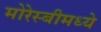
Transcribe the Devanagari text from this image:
मोरेस्बीमध्ये